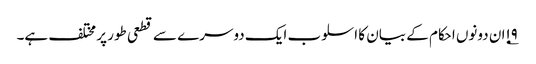
۱۹؂ان دونوں احکام کے بیان کا اسلوب ایک دوسرے سے قطعی طور پر مختلف ہے۔